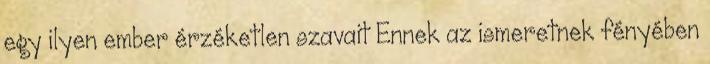
egy ilyen ember érzéketlen szavait Ennek az ismeretnek fényében